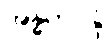
အန္ဓကဝိန္ဒံ